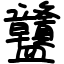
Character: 䀍